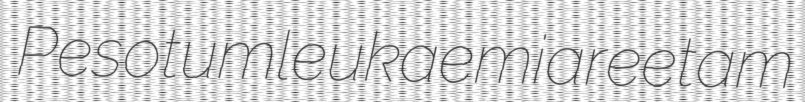
Pesotum leukaemia reetam